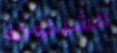
الشيخوخة